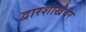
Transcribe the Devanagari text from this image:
द्वारशाखेवर